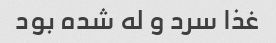
غذا سرد و له شده بود